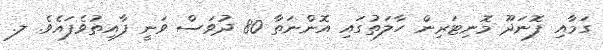
ގަމާއި ފޮނަދޫ މޮނިޓަރިން ހާލަތުގައި އޮންނަތާ 80 ދުވަސް ވަނީ ފާއިތުވެފައެވެ. ލ.